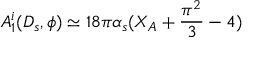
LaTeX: A _ { 1 } ^ { i } ( D _ { s } , \phi ) \simeq 1 8 \pi \alpha _ { s } ( X _ { A } + \frac { \pi ^ { 2 } } { 3 } - 4 )